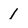
Character: 1